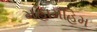
મહામહિમ